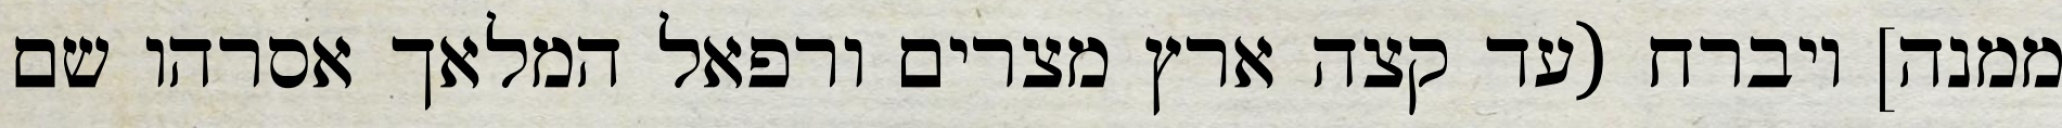
ממנה] ויברח (עד קצה ארץ מצרים ורפאל המלאך אסרהו שם